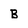
Character: B